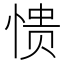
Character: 愦